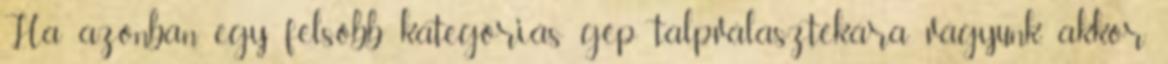
Ha azonban egy felsőbb kategóriás gép talpválasztékára vágyunk, akkor